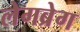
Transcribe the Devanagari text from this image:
लेगब्रेग